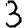
Digit: 3